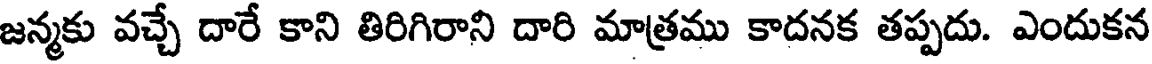
జన్మకు వచ్చే దారే కాని తిరిగిరాని దారి మాత్రము కాదనక తప్పదు. ఎందుకన